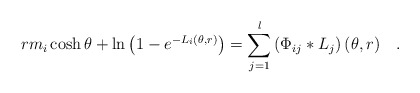
\begin{align*}rm_{i}\cosh \theta +\ln \left( 1-e^{-L_{i}(\theta ,r)}\right)=\sum\limits_{j=1}^{l}\left( \Phi _{ij}*L_{j}\right) (\theta ,r)\quad .\end{align*}